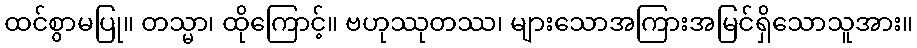
ထင်စွာမပြု။ တသ္မာ၊ ထိုကြောင့်။ ဗဟုဿုတဿ၊ များသောအကြားအမြင်ရှိသောသူအား။